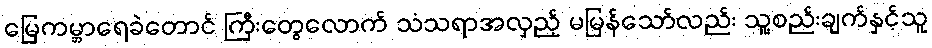
မြေကမ္ဘာရေခဲတောင် ကြီးတွေလောက် သံသရာအလှည့် မမြန်သော်လည်း သူ့စည်းချက်နှင့်သူ